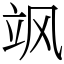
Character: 飒